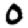
Digit: 0